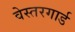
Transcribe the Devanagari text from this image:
वेस्तरगार्ड